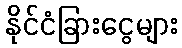
နိုင်ငံခြားငွေများ